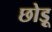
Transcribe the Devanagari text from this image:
छोड़ू